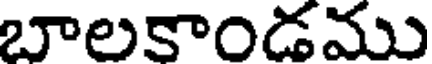
బాలకాండము